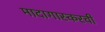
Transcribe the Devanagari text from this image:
मादागास्करची